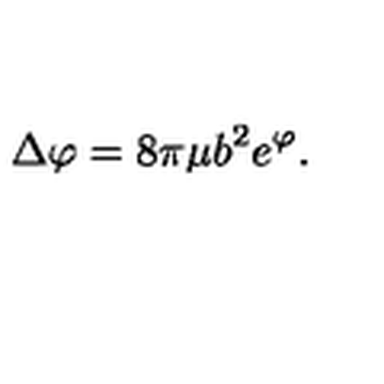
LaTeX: \Delta \varphi = 8 \pi \mu b ^ { 2 } e ^ { \varphi } .